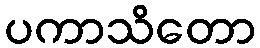
ပကာသိတော